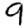
Digit: 9